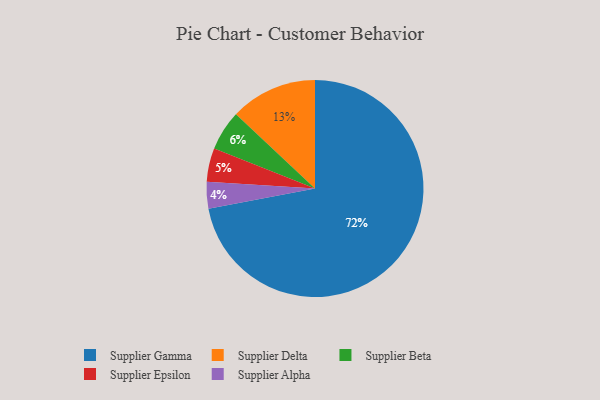
{"axis": {"x": "Category", "y": "Percentage"}, "legend": ["Supplier Alpha", "Supplier Beta", "Supplier Delta", "Supplier Epsilon", "Supplier Gamma"], "data": [{"x": "Supplier Epsilon", "y": 5, "type": "Supplier Epsilon"}, {"x": "Supplier Alpha", "y": 4, "type": "Supplier Alpha"}, {"x": "Supplier Gamma", "y": 72, "type": "Supplier Gamma"}, {"x": "Supplier Beta", "y": 6, "type": "Supplier Beta"}, {"x": "Supplier Delta", "y": 13, "type": "Supplier Delta"}]}